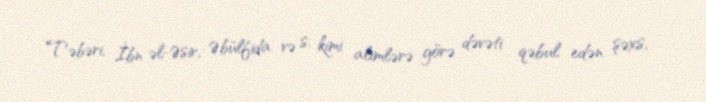
Təbəri, İbn əl-Əsir, Əbülfida və s. kimi alimlərə görə dəvəti qəbul edən şəxs,